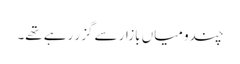
چندو میاں بازار سے گزر رہے تھے۔